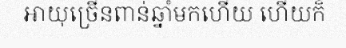
អាយុច្រើនពាន់ឆ្នាំមកហើយ ហើយក៏